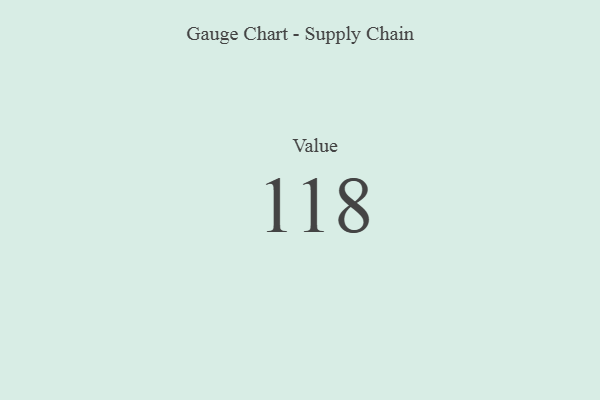
{"axis": {"x": "Metric", "y": "Value"}, "legend": [""], "data": [{"x": "Value", "y": 118, "type": ""}]}